Senior Leaving Certificate Examination (including Day School Certificate (Higher) General paper), 1948
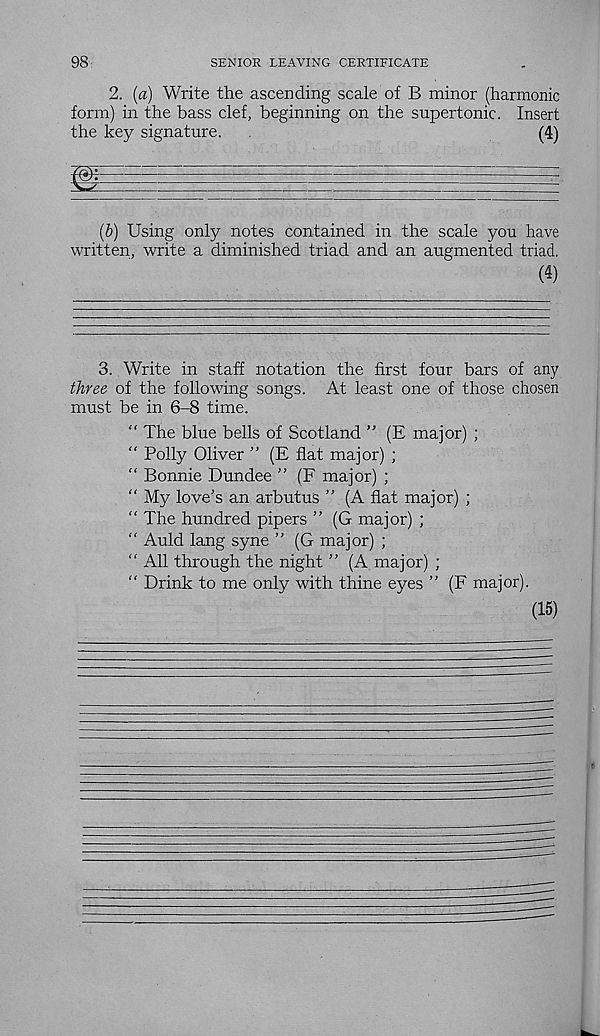
98
SENIOR LEAVING CERTIFICATE
2. (a) Write the ascending scale of B minor (harmonic
form) in the bass clef, beginning on the supertonic. Insert
the key signature.
(4)
(b) Using only notes contained in the scale you have
written, write a diminished triad and an augmented triad.
(4)
3. Write in staff notation the first four bars of any
three of the following songs. At least one of those chosen
must be in 6-8 time.
" The blue bells of Scotland ” (E major) ;
“ Polly Oliver ” (E flat major) ;
“ Bonnie Dundee ” (F major) ;
“ My love’s an arbutus ” (A flat major) ;
“ The hundred pipers ” (G major) ;
“ Auld lang syne ” (G major) ;
“ All through the night ” (A major) ;
“ Drink to me only with thine eyes ” (F major).
(15)